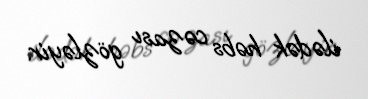
ilədək həbs cəzası gözləyir.